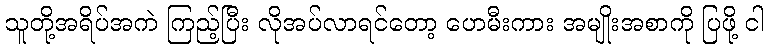
သူတို့အရိပ်အကဲ ကြည့်ပြီး လိုအပ်လာရင်တော့ ဟေမီးကား အမျိုးအစာကို ပြဖို့ ငါ